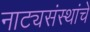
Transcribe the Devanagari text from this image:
नाट्यसंस्थांचे